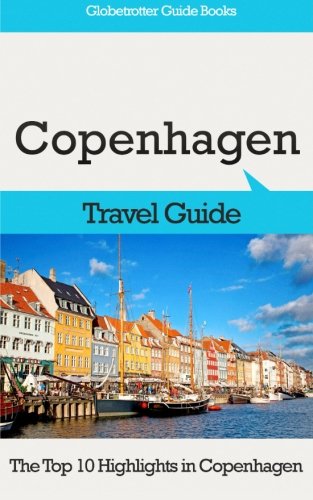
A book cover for Copenhagen Travel Guide: The Top 10 Highlights in Copenhagen (Globetrotter Guide Books); Marc Cook; Travel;